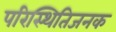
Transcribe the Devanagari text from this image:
परिस्थितिजनक